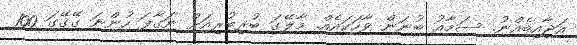
އަޖާއިބެއްނު. ސަމާއު ބުނަން ވާހަކައެއް. މާލޭގަ ބުރިބުރިއަށް ނަގާފަ ހުންނަ ގޭގޭގަ 100